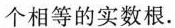
个相等的实数根.